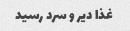
غذا دیر و سرد رسید